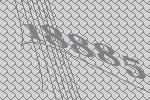
18885